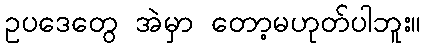
ဥပဒေတွေ အဲမှာ တော့မဟုတ်ပါဘူး။